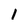
Character: 1